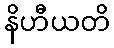
နိဟီယတိ